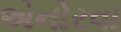
એનોરવા